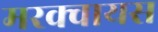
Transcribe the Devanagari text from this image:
मरक्वायस